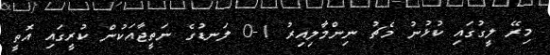
މިރޭ ލީގުގައި ކުޅުނު މެޗު ނިންމާލިއިރު 1-0 ލަނޑުގެ ނަތީޖާއަކުން ކުރީގައި އޮތީ